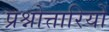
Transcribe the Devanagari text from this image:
प्रश्नोत्तारियों